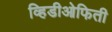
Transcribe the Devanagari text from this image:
व्हिडीओफिती